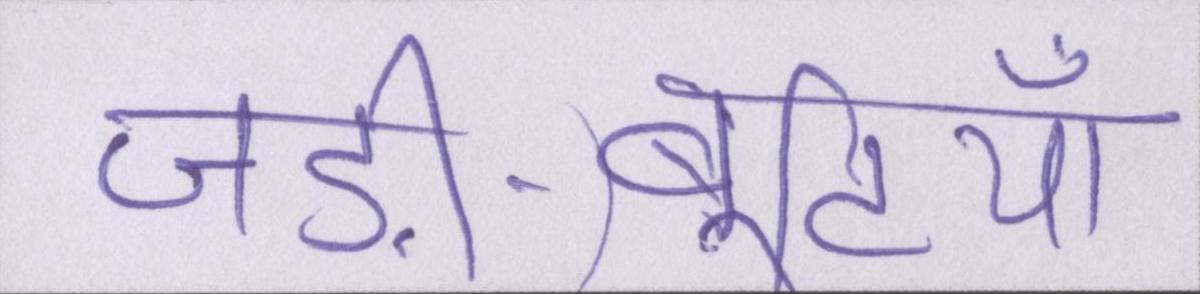
जड़ी-बूटियाँ